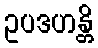
ဥပဒဟန္တိ